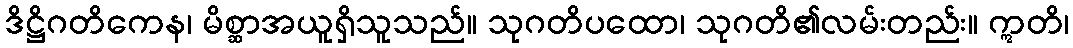
ဒိဋ္ဌိဂတိကေန၊ မိစ္ဆာအယူရှိသူသည်။ သုဂတိပထော၊ သုဂတိ၏လမ်းတည်း။ ဣတိ၊